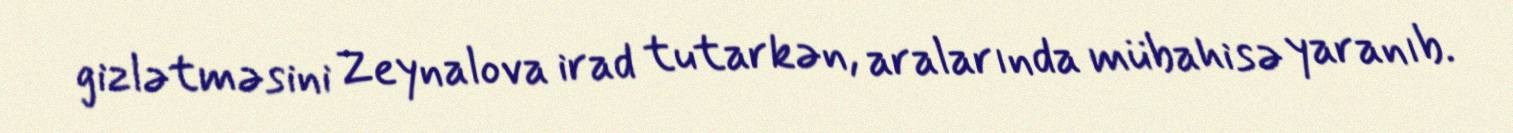
gizlətməsini Zeynalova irad tutarkən, aralarında mübahisə yaranıb.